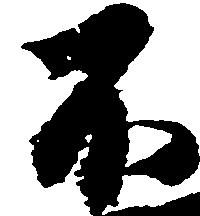
不